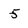
Character: 5